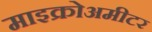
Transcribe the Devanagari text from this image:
माइक्रोअमीटर